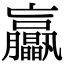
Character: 𦣖